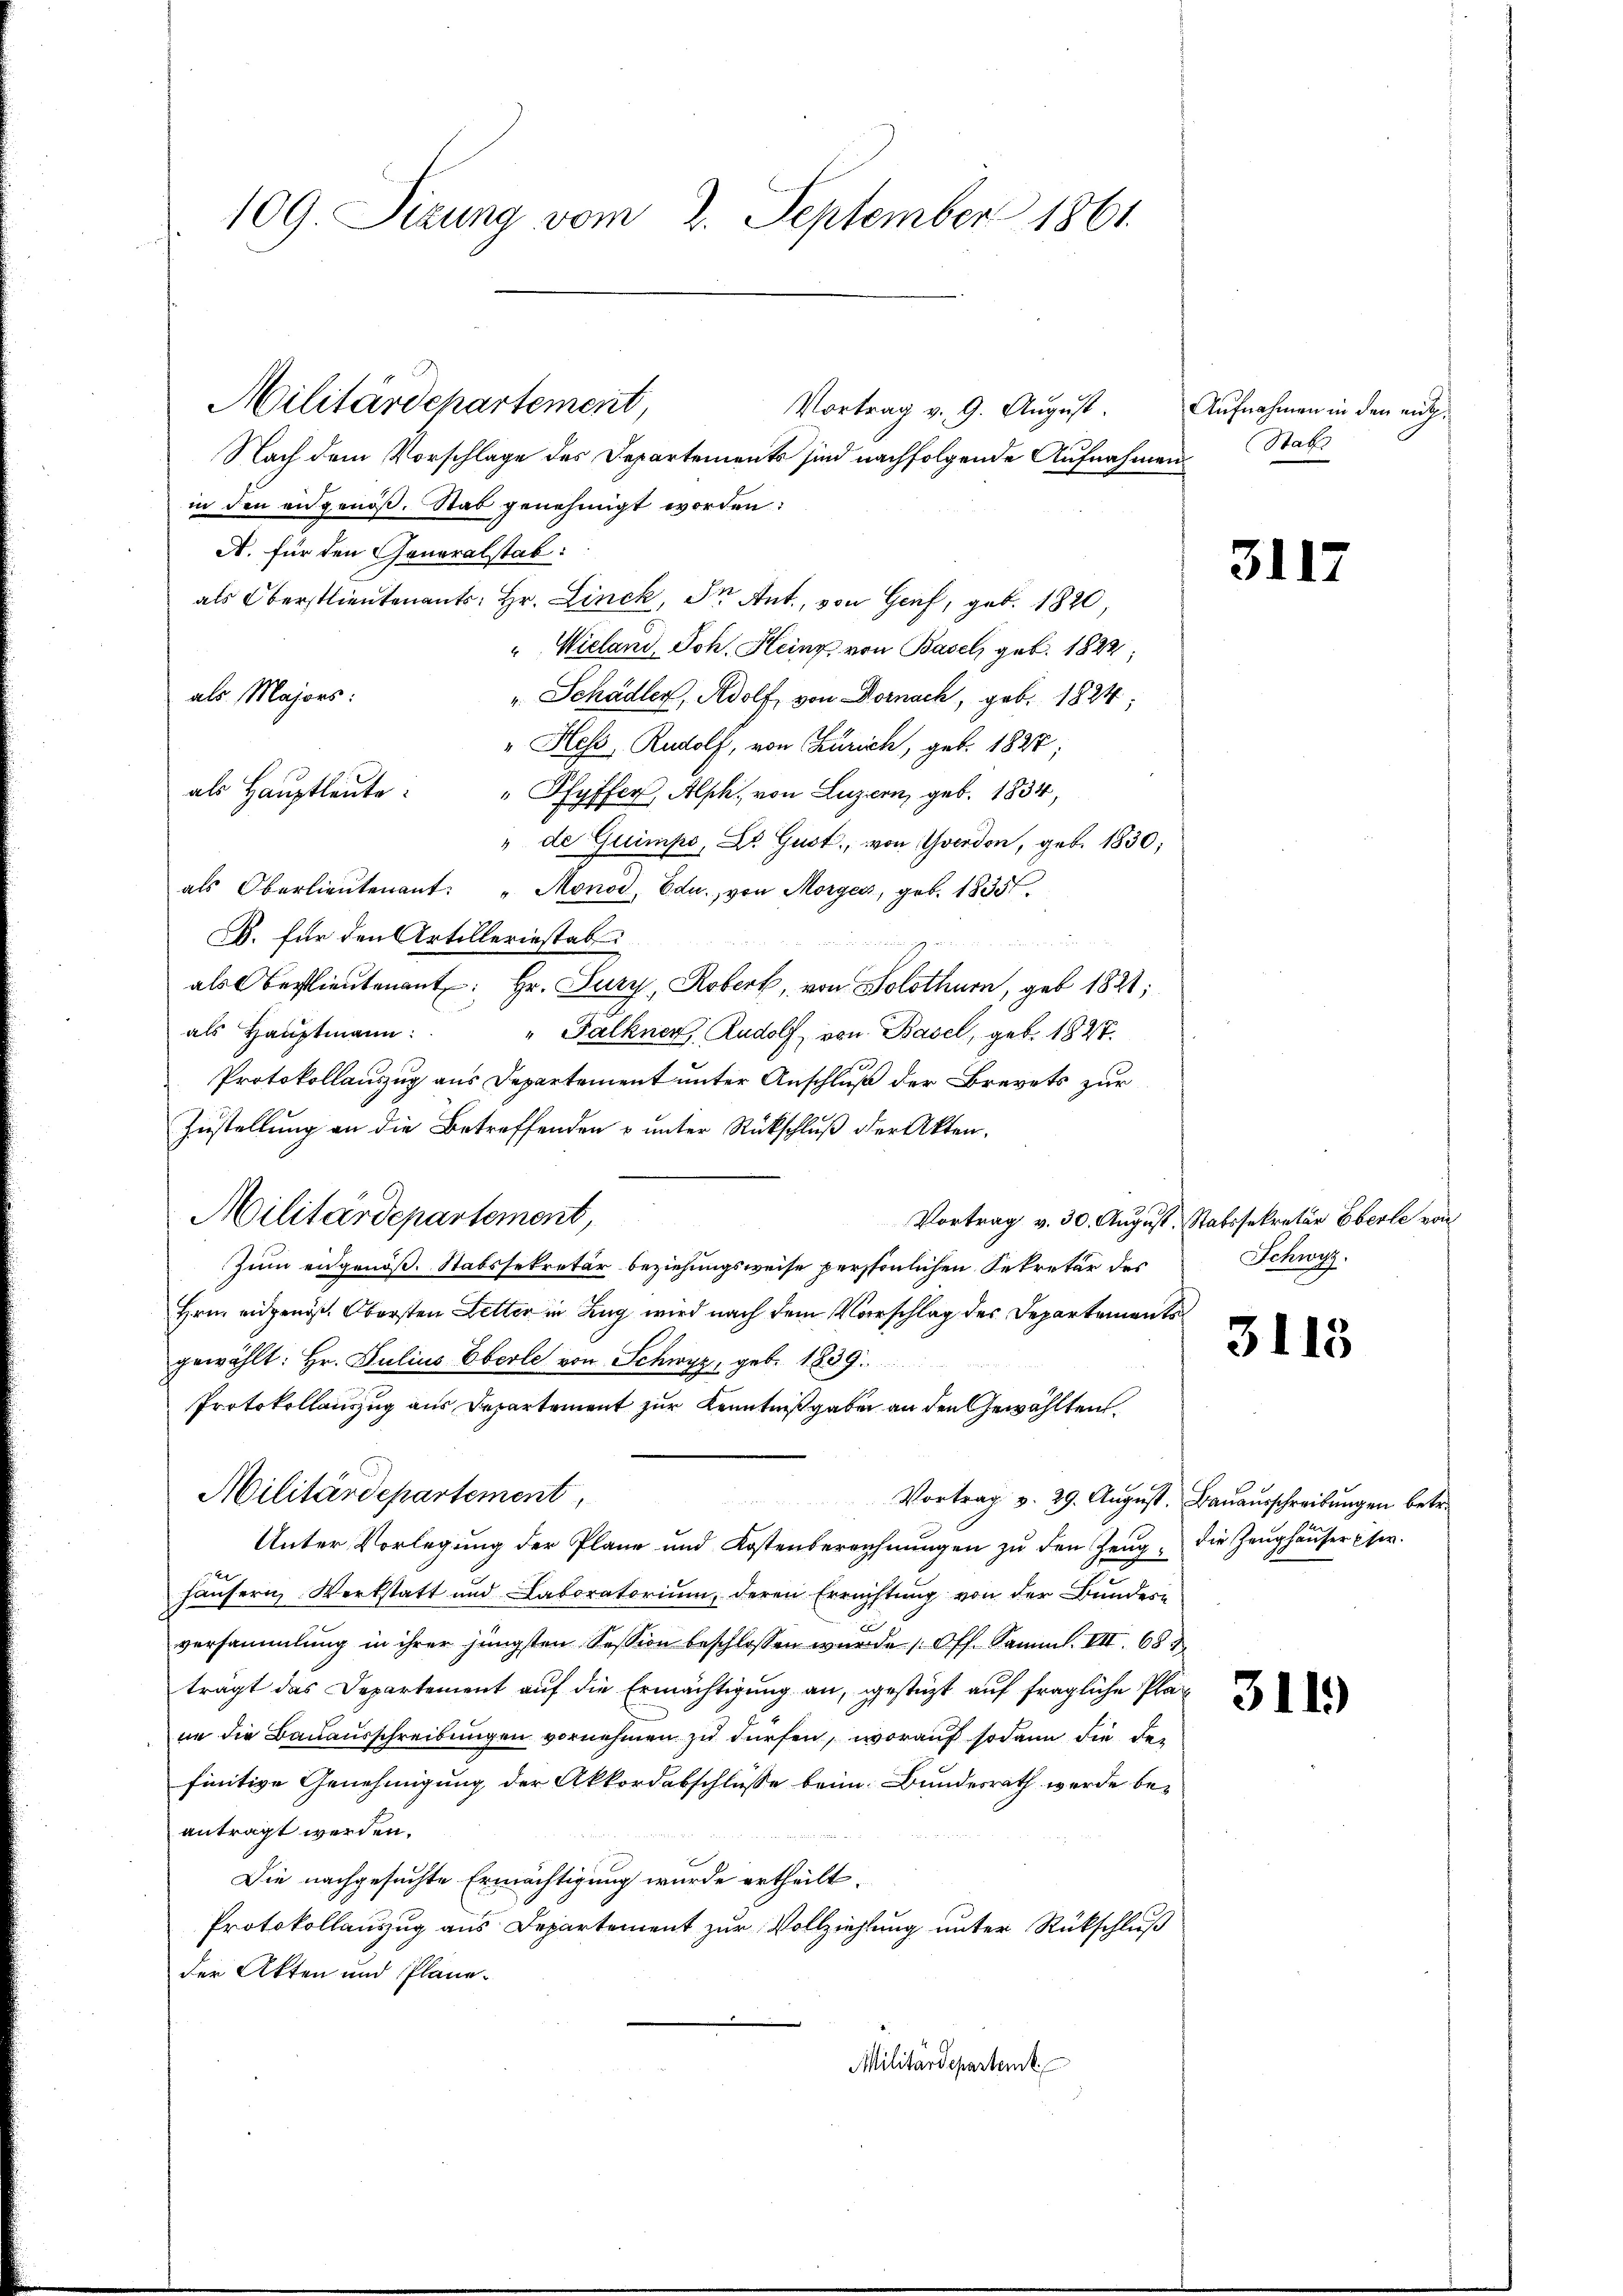
109. Sizung vom 2. September 1861.

Nach dem Vorschlage des Departements sind nachfolgende Aufnahmen
in den eidgenöß. Stab genehmigt worden:
A. für den Generalstab:
als Oberstlieutenants: Hr. Linck, der Ant., von Genf, geb. 1820,
"Wieland, Joh. Heinz von Basel, geb. 1822,
als Majors:
" Schädler, Adolf, von Dornach, geb. 1824,
" Hess. Rudolf, von Zürich, geb. 1827;
als Hauptleute:
" Pfyffer, Alph, von Luzern, geb. 1834,
" de Guimpo, Dr. Gust, von Yverdon, geb. 1830;
als Oberlieŭtenant: "Monod, Odu., von Morges, geb. 1835.
C. für den Artilleriestab
als Oberstlieutenant: Hr. Lury, Roberk, von Solothurn, geb. 1821;
als Hauptmann:
"Falkner, Rudolf, von Basel, geb. 1827.
Protokollauszug aus Departement unter Anschluß der Brevets zur
Zustellung an die Betreffenden u unter Rückschluß der Akten.
Militärdepartement
Vortrag v. 30. August. Statssekretär Eberle von
Zum eidgenöß. Stabssekretär beziehungsweise persönlichen Sekretär des
Hrn. eidgen. Obersten Letter in Zug wird nach dem Vorschlag des Departementsgewählt: Hr. Julius Eberle von Schwyz, geb. 1839.
Protokollauszug aus Departement zur Kenntnißgaben an den Gewählten.
Militärdepartement,
Vortrag v. 29. August. Bauausschreibungen betr.
Unter Vorlegung der Plane und Kostenbereichnŭngen zŭ den Zeug, die Zeŭghaŭser Eser.
häusern Werkstatt und Laboratorium, deren Errichtung von der Bundesversammlung in ihrer jüngsten Session beschlossen wurde (Off. Samml. VII. 68
trägt das Departement auf die Ermächtigung an, gestützt auf fragliche Pläne die Bauausschreibungen vornehmen zu dürfen, worauf sodann die der
finitive Genehmigung der Akkordabschlüsse beim Bundesrath werde be-
antragt werden.
Die nachgesuchte Ermächtigung wurde ertheilt.
Protokollauszug aus Departement zur Vollziehlung unter Rückschluß
der Akten und Pläne.
Militärdepartemb

Militärdepartement,

Vortrag v. 9. August.

Aufnahmen in den ent¬
Stabs

3113

Schwyz,

3113

311)